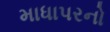
માધાપરનો